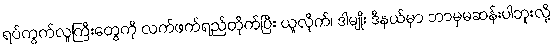
ရပ်ကွက်လူကြီးတွေကို လက်ဖက်ရည်တိုက်ပြီး ယူလိုက်၊ ဒါမျိုး ဒီနယ်မှာ ဘာမှမဆန်းပါဘူးလို့